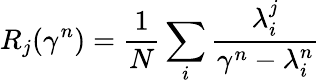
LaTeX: R_{j}(\gamma^{n})=\frac 1N\sum_{i}\frac{\lambda_{i}^{j}}{\gamma^{n}-\lambda_{i}^{n}}